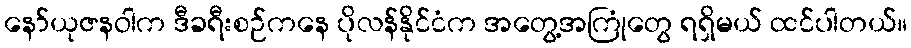
နော်ယုဇနဝါက ဒီခရီးစဉ်ကနေ ပိုလန်နိုင်ငံက အတွေ့အကြုံတွေ ရရှိမယ် ထင်ပါတယ်။